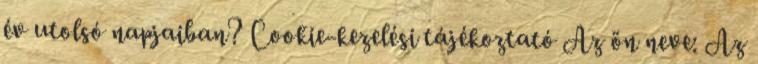
év utolsó napjaiban? Cookie-kezelési tájékoztató Az ön neve: Az